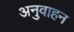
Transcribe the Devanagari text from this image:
अनुवाहन